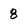
Character: 8